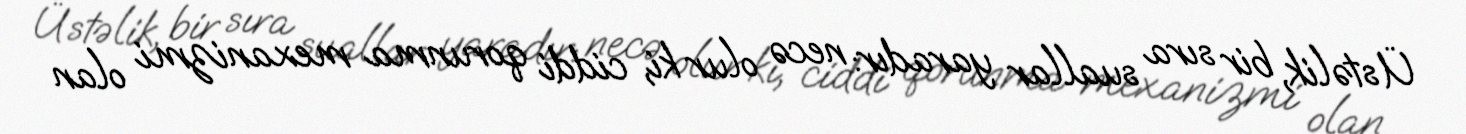
Üstəlik, bir sıra suallar yaradır: necə olur ki, ciddi qorunma mexanizmi olan